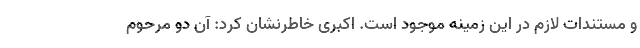
و مستندات لازم در این زمینه موجود است. اکبری خاطرنشان کرد: آن دو مرحوم